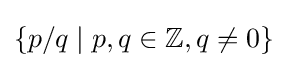
\{p/q\mid p,q\in \mathbb {Z} ,q\not =0\}